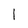
Character: 1